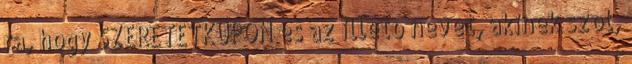
rá, hogy SZERETETKUPON és az illető nevét, akinek szól,